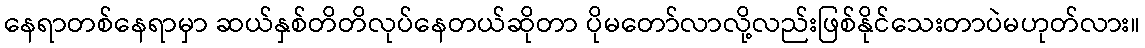
နေရာတစ်နေရာမှာ ဆယ်နှစ်တိတိလုပ်နေတယ်ဆိုတာ ပိုမတော်လာလို့လည်းဖြစ်နိုင်သေးတာပဲမဟုတ်လား။